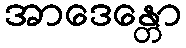
အာဒေန္တော